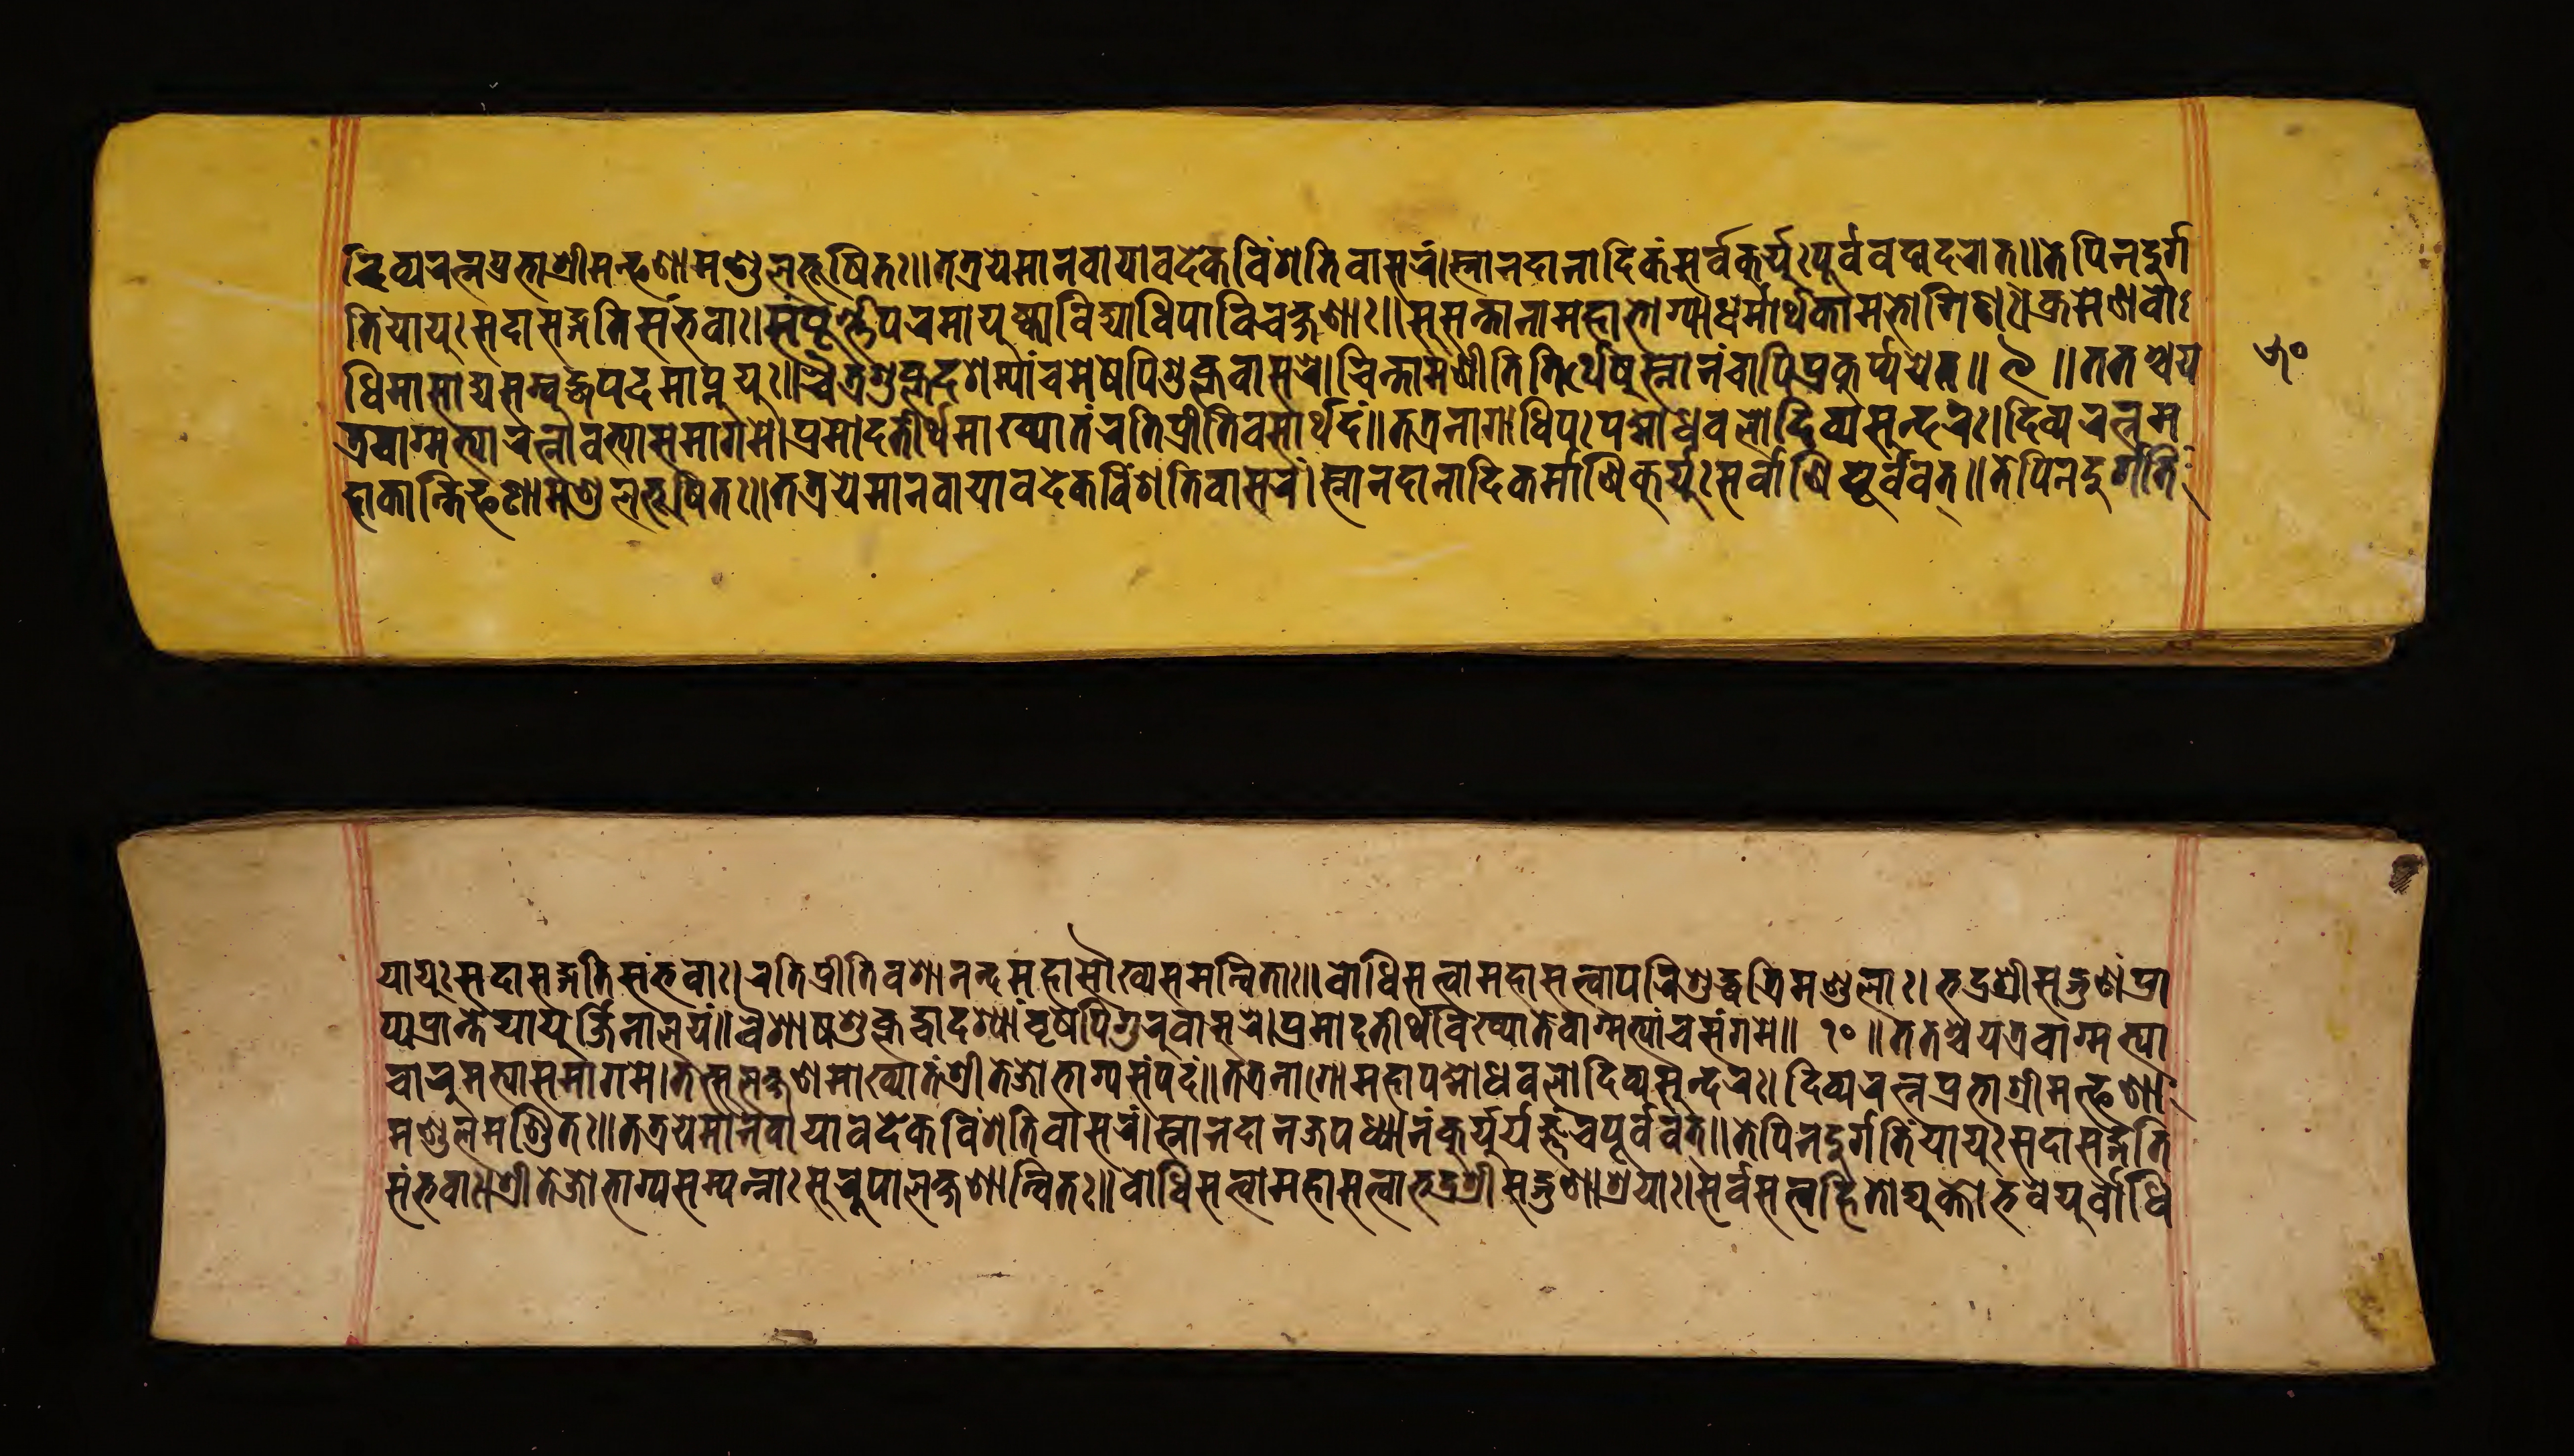
𑐡𑐶𑐰𑑂𑐫𑐬𑐟𑑂𑐣𑐥𑑂𑐬𑐨𑐵𑐱𑑂𑐬𑐷𑐩𑐟𑑂𑐦𑐞𑐵𑐩𑐞𑑂𑐜𑐮𑐨𑐹𑐲𑐶𑐟𑑅॥𑐟𑐟𑑂𑐬𑐫𑐾𑐩𑐵𑐣𑐰𑐵𑐫𑐵𑐰𑐡𑐾𑐎𑐰𑐶𑑄𑐱𑐟𑐶𑐰𑐵𑐳𑐬𑑄।𑐳𑑂𑐣𑐵𑐣𑐡𑐵𑐣𑐵𑐡𑐶𑐎𑑄𑐳𑐬𑑂𑐰𑐾𑐎𑐸𑐬𑑂𑐫𑐸𑑅𑐥𑐹𑐬𑑂𑐰𑐰𑐡𑐵𑐡𑐬𑐵𑐟𑑂॥𑐟𑐾𑐥𑐶𑐣𑐡𑐸𑐬𑑂𑐐𑑂 𑐀𑐟𑐶𑑄𑐫𑐵𑐫𑐸𑑅𑐳𑐡𑐵𑐳𑐡𑑂𑐐𑐟𑐶𑐳𑑄𑐨𑐰𑐵𑑅।𑐳𑑄𑐥𑐹𑐬𑑂𑐞𑑂𑐞𑐥𑐬𑐩𑐵𑐫𑐸𑐲𑑂𑐎𑐵𑑅𑐰𑐶𑐡𑑂𑐫𑐵𑐢𑐶𑐥𑐵𑐰𑐶𑐔𑐎𑑂𑐲𑐞𑐵𑑅॥𑐳𑐸𑐳𑐣𑑂𑐟𑐵𑐣𑐵𑐩𑐴𑐵𑐨𑑀𑐐𑐵𑐢𑐩𑑂𑐩𑐵𑐬𑑂𑐠𑐎𑐵𑐩𑐨𑑀𑐐𑐶𑐞𑑅।𑐎𑑂𑐬𑐩𑐾𑐞𑐧𑑀 𑐢𑐶𑐩𑐵𑐳𑐵𑐡𑑂𑐫𑐳𑑄𑐧𑐸𑐡𑑂𑐢𑐥𑐡𑐩𑐵𑐥𑑂𑐣𑐸𑐫𑐸𑑅॥𑐔𑐿𑐟𑑂𑐬𑐐𑐸𑐥𑑂𑐟𑐡𑐐𑐩𑑂𑐫𑐵𑑄𑐔𑐩𑐾𑐲𑐾𑐥𑐶𑐐𑐸𑐎𑑂𑐟𑐰𑐵𑐳𑐬𑐾।𑐔𑐶𑐣𑑂𑐟𑐵𑐩𑐱𑑂𑐬𑐷𑐟𑐶𑐟𑐶𑐬𑑂𑐠𑐾𑐲𑐸𑐳𑑂𑐣𑐵𑐣𑑄𑐔𑐵𑐥𑐶𑐥𑑂𑐬𑐎𑐹𑐬𑑂𑐫𑑂𑐫𑐫𑐾𑐟𑑂॥ 𑑙 ॥𑐟𑐟𑐱𑑂𑐔𑐫 𑐟𑑂𑐬𑐰𑐵𑐐𑑂𑐩𑐟𑑂𑐫𑐵𑐬𑐟𑑂𑐣𑐵𑐰𑐟𑑂𑐫𑐵𑑅𑐳𑐩𑐵𑐐𑐩𑐾।𑐥𑑂𑐬𑐩𑑀𑐡𑐟𑐷𑐬𑑂𑐠𑐩𑐵𑐏𑑂𑐫𑐵𑐟𑑄𑐬𑐟𑐶𑐥𑑂𑐬𑐷𑐟𑐶𑐰𑐱𑐵𑐬𑑂𑐠𑐡𑑄॥𑐟𑐟𑑂𑐬𑐣𑐵𑐐𑐵𑐢𑐶𑐥𑑅𑐥𑐡𑑂𑐩𑑀𑐢𑐰𑐮𑐡𑐶𑐰𑑂𑐫𑐳𑐸𑐣𑑂𑐡𑐬𑑅।𑐡𑐶𑐰𑑂𑐫𑐬𑐟𑑂𑐣𑐩 𑐴𑐵𑐎𑐵𑐣𑑂𑐟𑐶𑐦𑐞𑐵𑐩𑐞𑑂𑐜𑐮𑐨𑐹𑐲𑐶𑐟𑑅॥𑐟𑐟𑑂𑐬𑐫𑐾𑐩𑐵𑐣𑐰𑐵𑐫𑐵𑐰𑐡𑐾𑐎𑐰𑐶𑑄𑐱𑐟𑐶𑐰𑐵𑐳𑐬𑑄।𑐳𑑂𑐣𑐵𑐣𑐡𑐵𑐣𑐵𑐣𑐶𑐳𑐬𑑂𑐰𑐵𑐞𑐶𑐎𑐸𑐬𑑂𑐫𑐸𑑅𑐎𑐬𑑂𑐩𑑂𑐩𑐵𑐞𑐶𑐥𑐹𑐬𑑂𑐰𑐰𑐟𑑂॥𑐟𑐾𑐥𑐶𑐣𑐡𑐸𑐬𑑂𑐐𑐟𑐶𑑄 𑐫𑐵𑐫𑐸𑑅𑐳𑐡𑐵𑐳𑐡𑑂𑐐𑐟𑐶𑐳𑑄𑐨𑐰𑐵𑑅।𑐬𑐟𑐶𑐥𑑂𑐬𑐷𑐟𑐶𑐰𑐱𑐵𑐣𑐣𑑂𑐡𑐩𑐴𑐵𑐳𑑁𑐏𑑂𑐫𑐳𑐩𑐣𑑂𑐰𑐶𑐟𑐵॥𑐧𑑀𑐢𑐶𑐳𑐟𑑂𑐟𑑂𑐰𑑀𑐩𑐴𑐵𑐳𑐟𑑂𑐟𑑂𑐰𑑀𑑅𑐥𑐬𑐶𑐱𑐸𑐡𑑂𑐢𑐟𑑂𑐬𑐶𑐩𑐞𑑂𑐜𑐮𑐵𑑅।𑐨𑐡𑑂𑐬𑐱𑑂𑐬𑐷𑐳𑐡𑑂𑐐𑐸𑐞𑐵𑐥𑑂𑐬𑐵 𑐥𑑂𑐫𑐥𑑂𑐬𑐥𑑂𑐟𑐾𑐫𑐵𑐫𑐸𑐬𑑂𑐖𑐶𑐣𑐵𑐮𑐫𑑄॥𑐰𑐿𑐱𑐾𑐲𑐐𑐸𑐥𑑂𑐟𑐡𑑂𑐰𑐵𑐡𑐱𑑂𑐫𑐵𑑄𑐰𑐺𑐲𑐥𑐶𑐐𑐸𑐬𑑂𑐰𑐵𑐳𑐬𑐾॥𑐥𑑂𑐬𑐩𑑀𑐡𑐟𑐷𑐬𑑂𑐠𑐰𑐏𑑂𑐫𑐵𑐟𑐾𑐰𑐵𑐐𑑂𑐩𑐟𑑂𑐫𑐵𑑄𑐔𑐳𑑄𑐐𑐩𑐾 𑑑𑑐 ॥𑐟𑐟𑑂𑐬𑐱𑑂𑐔𑐫𑐟𑑂𑐬𑐰𑐵𑐐𑑂𑐩𑐟𑑂𑐫𑐵 𑐔𑐵𑐬𑐸𑐩𑐟𑑂𑐫𑐵𑐳𑐩𑐵𑐐𑐩𑐾।𑐟𑐟𑑂𑐳𑐸𑐮𑐎𑑂𑐲𑐞𑐩𑐵𑐏𑑂𑐫𑐵𑐟𑑄𑐱𑑂𑐬𑐷𑐟𑐾𑐖𑑀𑐨𑐵𑐐𑑂𑐫𑐳𑐩𑑂𑐥𑐡𑑄॥𑐟𑐟𑑂𑐬𑐣𑐵𑐐𑑀𑐩𑐴𑐵𑐥𑐡𑑂𑐩𑑀𑐟𑐶𑐢𑐰𑐮𑑀𑐟𑐶𑐳𑐸𑐣𑑂𑐡𑐬𑑅।𑐡𑐶𑐰𑑂𑐫𑐬𑐟𑑂𑐣𑐥𑑂𑐬𑐨𑐵𑐱𑑂𑐬𑐷𑐩𑐟𑑂𑐦𑐞𑐵 𑐩𑐞𑑂𑐜𑐮𑐩𑐞𑑂𑐜𑐶𑐟𑑅॥𑐟𑐟𑑂𑐬𑐫𑐾𑐩𑐵𑐣𑐰𑐵𑐫𑐵𑐰𑐡𑐾𑐎𑐰𑐶𑑄𑐳𑐟𑐶𑐰𑐵𑐳𑐬𑑄।𑐳𑑂𑐣𑐵𑐣𑐡𑐵𑐣𑑄𑐖𑐥𑐢𑑂𑐫𑐵𑐣𑑄𑐎𑐸𑐬𑑂𑐫𑐸𑐬𑑂𑐫𑐖𑑂𑐘𑑄𑐔𑐥𑐹𑐬𑑂𑐰𑐰𑐟𑑂॥𑐟𑐾𑐥𑐶𑐣𑐡𑐸𑐬𑑂𑐐𑐟𑐶𑑄𑐫𑐵𑐫𑐸𑑅𑐳𑐡𑐵𑐳𑐡𑑂𑐐𑐟𑐶 𑐳𑑄𑐨𑐰𑐵𑑅।𑐱𑑂𑐬𑐷𑐟𑐾𑐖𑑀𑐨𑑀𑐐𑑂𑐫𑐳𑑄𑐥𑐣𑑂𑐣𑐵𑐳𑐸𑐬𑐸𑐥𑐵𑐮𑐎𑑂𑐲𑐞𑐵𑐣𑑂𑐰𑐶𑐟𑑅॥𑐧𑑀𑐢𑐶𑐳𑐟𑑂𑐟𑑂𑐰𑐵𑐩𑐴𑐵𑐳𑐟𑑂𑐟𑑂𑐰𑐵𑑅𑐨𑐡𑑂𑐬𑐱𑑂𑐬𑐷𑐳𑐡𑑂𑐐𑐸𑐞𑐵𑐱𑑂𑐬𑐫𑐵𑑅।𑐳𑐬𑑂𑐰𑐳𑐟𑑂𑐟𑑂𑐰𑐴𑐶𑐟𑑀𑐡𑑂𑐫𑐸𑐎𑑂𑐟𑐵𑑅𑐨𑐰𑐾𑐫𑐸𑑅𑐧𑑀𑐢𑐶 𑑕𑑐